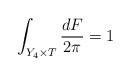
LaTeX: \begin{align*}\int_{Y_4 \times T} \frac {dF}{2 \pi} =1\end{align*}